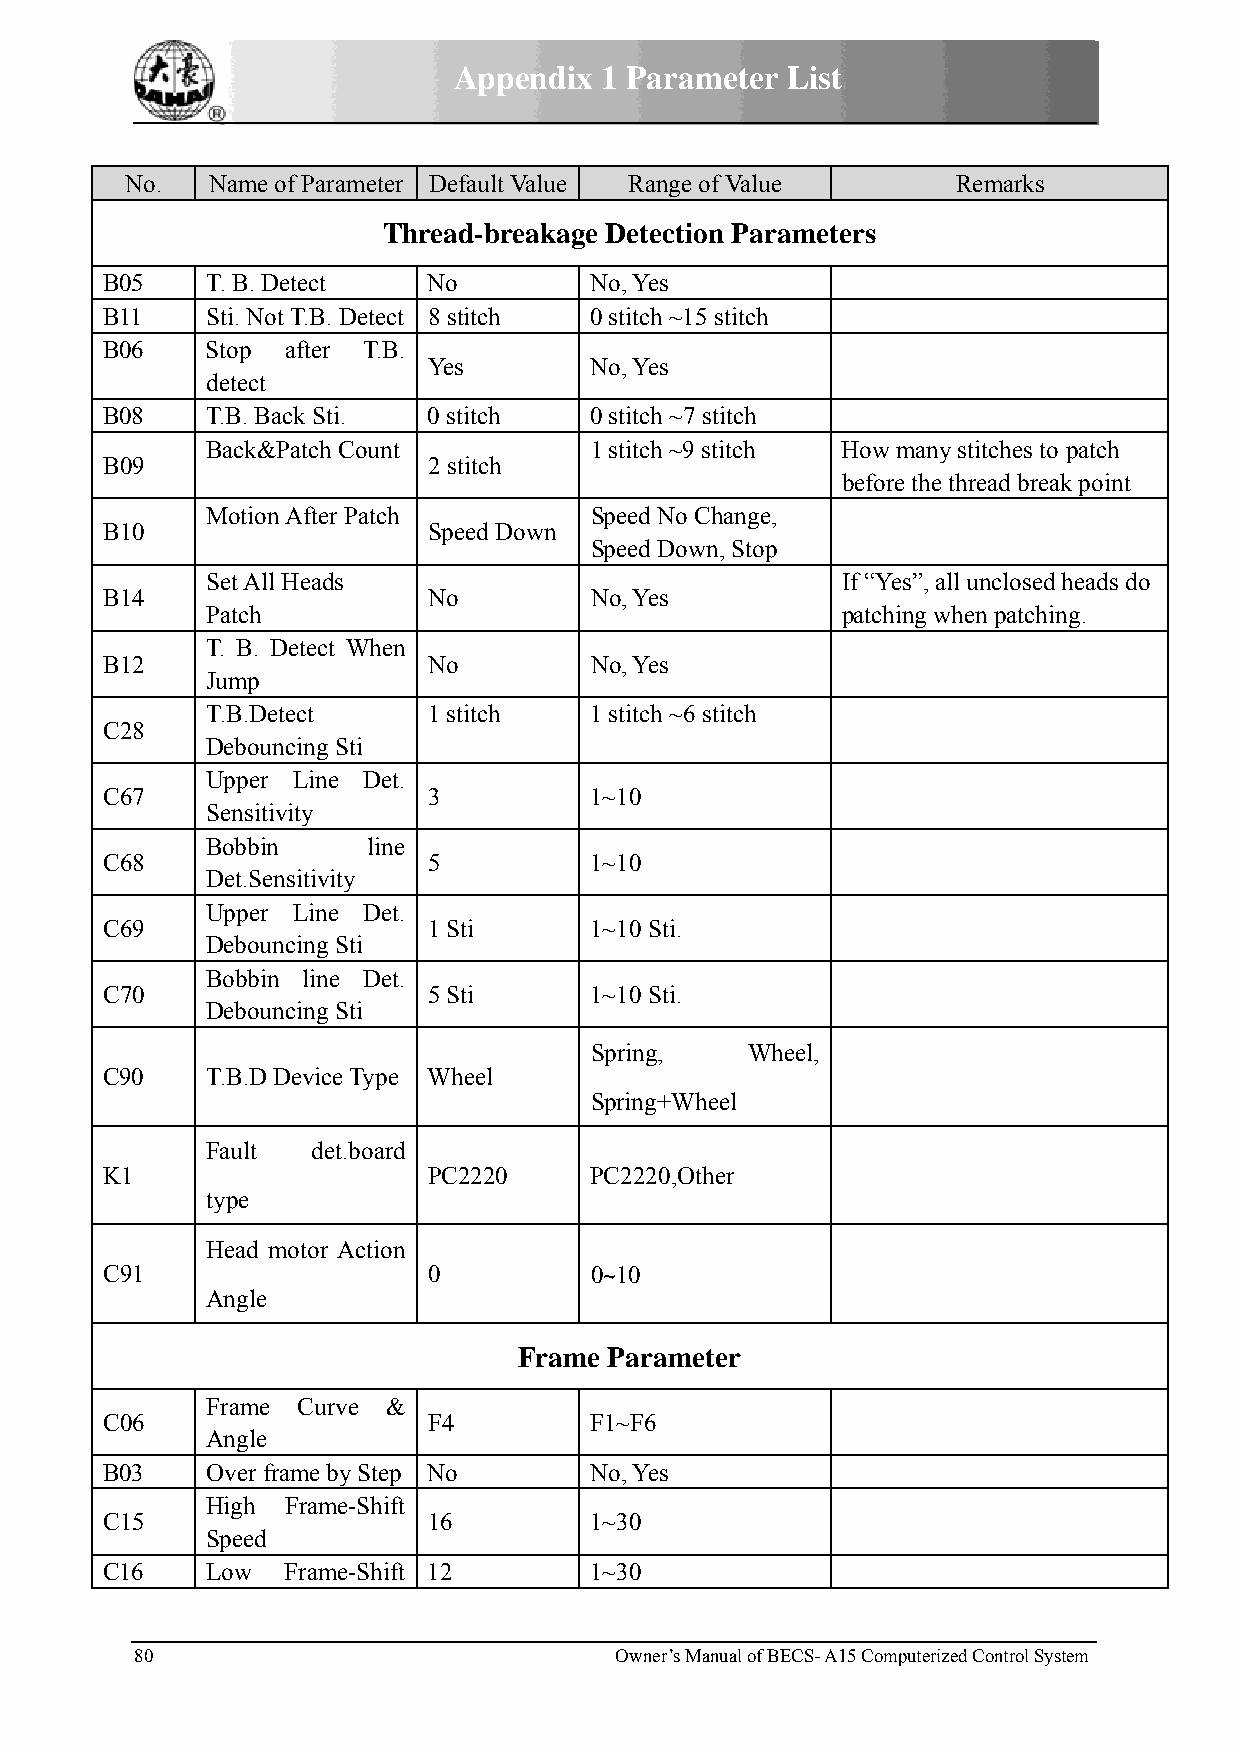
Appendix  1 Parameter List
 No.   Name of Parameter Default Value Range of Value   Remarks
 Thread-breakage Detection Parameters
 B05    T. B. Detect  No         No, Yes
 B11    Sti. Not T.B. Detect 8 stitch 0 stitch ~15 stitch
 B06    Stop after T.B.
 Yes        No, Yes
 detect
 B08    T.B. Back Sti. 0 stitch  0 stitch ~7 stitch
 Back&Patch Count         1 stitch ~9 stitch How many stitches to patch
 B09                  2 stitch
 before the thread break point
 Motion After Patch       Speed No Change,
 B10                  Speed Down
 Speed Down, Stop
 Set All Heads                             If “Yes”, all unclosed heads do
 B14                  No         No, Yes
 Patch                                     patching when patching.
 T. B. Detect When
 B12                  No         No, Yes
 Jump
 T.B.Detect    1 stitch   1 stitch ~6 stitch
 C28
 Debouncing Sti
 Upper Line Det.
 C67                  3          1~10
 Sensitivity
 Bobbin    line
 C68                  5          1~10
 Det.Sensitivity
 Upper Line Det.
 C69                  1 Sti      1~10 Sti.
 Debouncing Sti
 Bobbin line Det.
 C70                  5 Sti      1~10 Sti.
 Debouncing Sti
 Spring,   Wheel,
 C90    T.B.D Device Type Wheel
 Spring+Wheel
 Fault  det.board
 K1                   PC2220     PC2220,Other
 type
 Head motor Action
 C91                  0          0~10
 Angle
 Frame Parameter
 Frame Curve &
 C06                  F4         F1~F6
 Angle
 B03    Over frame by Step No    No, Yes
 High Frame-Shift
 C15                  16         1~30
 Speed
 C16    Low  Frame-Shift 12      1~30
 80                              Owner’s Manual of BECS- A15 Computerized Control System